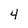
Character: 4